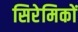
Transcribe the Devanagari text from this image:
सिरेमिकों